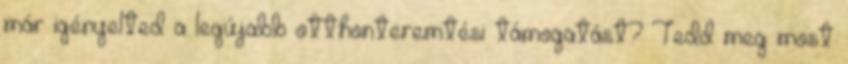
már igényelted a legújabb otthonteremtési támogatást? Tedd meg most